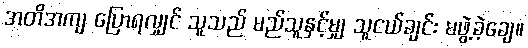
အတိအကျ ပြောရလျှင် သူသည် မည်သူနှင့်မျှ သူငယ်ချင်း မဖွဲ့ခဲ့ချေ။